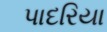
પાદરિયા